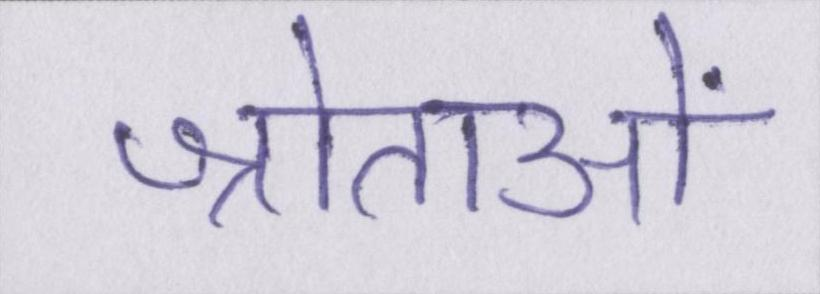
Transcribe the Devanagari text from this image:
श्रोताओं